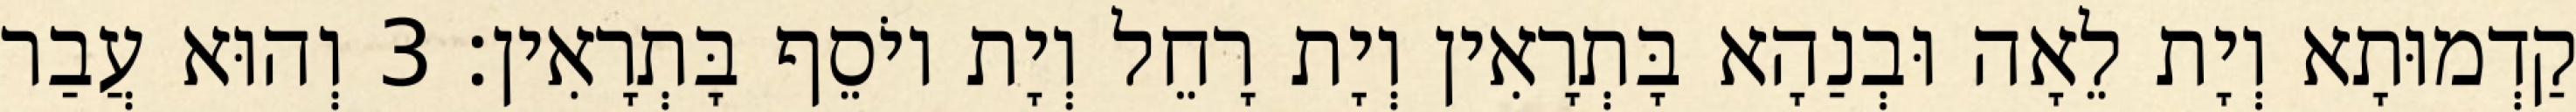
קַדְמוּתָא וְיָת לֵאָה וּבְנַהָא בָּתְרָאִין וְיָת רָחֵל וְיָת יוֹסֵף בָּתְרָאִין׃ 3 וְהוּא עֲבַר